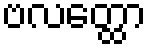
ဗလတ္ထော